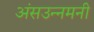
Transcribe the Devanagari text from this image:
अंसउन्नमनी